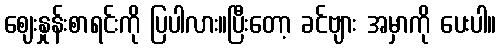
ဈေးနှုန်းစာရင်းကို ပြပါလား။ပြီးတော့ ခင်ဗျား အမှာကို ပေးပါ။